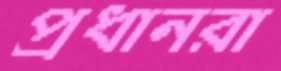
প্রধানরা